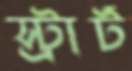
স্ট্রার্ট